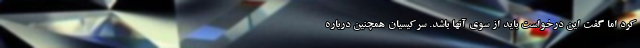
کرد اما گفت این درخواست باید از سوی آنها باشد. سرکیسیان همچنین درباره